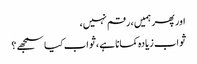
اور پھر ہمیں ، رقم نہیں،
ثواب زیادہ کمانا ہے ،ثواب کیا سمجھے ؟